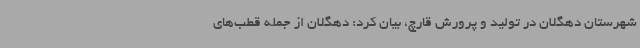
شهرستان دهگلان در تولید و پرورش قارچ، بیان کرد: دهگلان از جمله قطب‌های